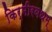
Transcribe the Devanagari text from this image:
किर्मीरवधम्